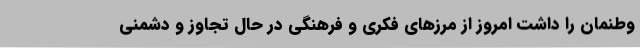
وطنمان را داشت امروز از مرزهای فکری و فرهنگی در حال تجاوز و دشمنی